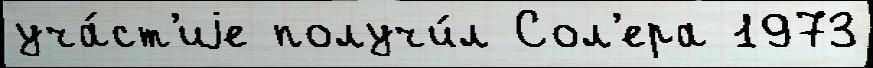
уча́ст'иjе получи́л Сол'ера 1973